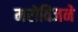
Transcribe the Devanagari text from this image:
मरोविजने